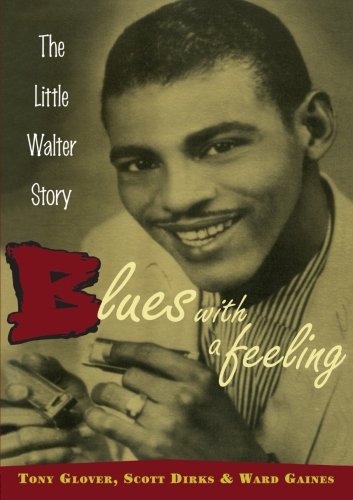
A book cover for Blues with a Feeling: The Little Walter Story; Tony Glover; Biographies & Memoirs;